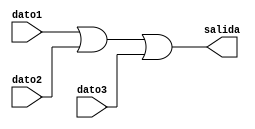
`timescale 1ns / 1ps
//////////////////////////////////////////////////////////////////////////////////
// Company: 
// Engineer: 
// 
// Design Name: 
// Module Name:    or3 
// Project Name: 
// Target Devices: 
// Tool versions: 
// Description: 
//
// Dependencies: 
//
// Revision: 
// Revision 0.01 - File Created
// Additional Comments: 
//
//////////////////////////////////////////////////////////////////////////////////
module or3(dato1,dato2,dato3,salida);
	input dato1,dato2,dato3;
	output salida;
	reg salida;
	
	always @*
		salida=dato1||dato2||dato3;


endmodule